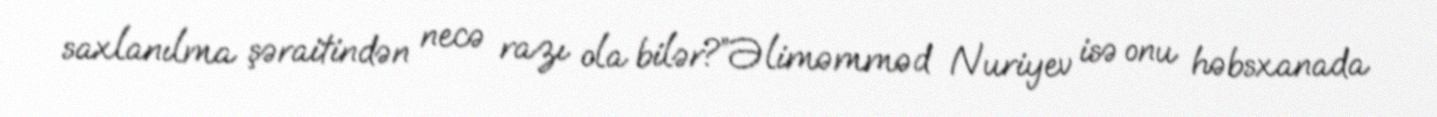
saxlanılma şəraitindən necə razı ola bilər?”Əliməmməd Nuriyev isə onu həbsxanada